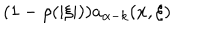
LaTeX: ( 1 - \rho ( | \xi | ) ) a _ { \alpha - k } ( x , \xi )